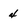
Character: 4